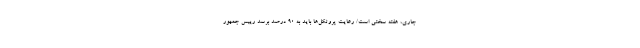
جاری، هفته سختی است/ رعایت پروتکل‌ها باید به ۹۰ درصد برسد رییس جمهور